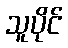
သူပိုင်